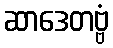
ဆာဒေတဗ္ဗံ